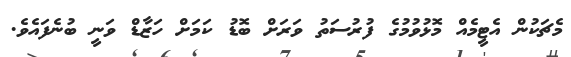
މެޗަކުން އެޓީމެއް މޮޅުވުމުގެ ފުރުސަތު ވަރަށް ބޮޑު ކަމަށް ހަޒާޑް ވަނީ ބުނެފައެވެ.